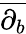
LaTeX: \overline{{\partial_{b}}}